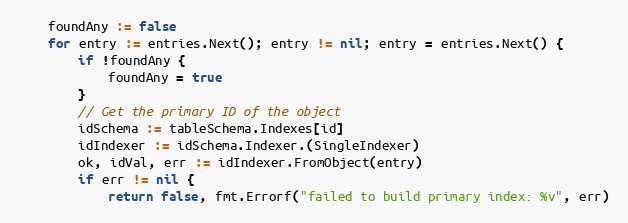
Language: Go
	foundAny := false
	for entry := entries.Next(); entry != nil; entry = entries.Next() {
		if !foundAny {
			foundAny = true
		}
		// Get the primary ID of the object
		idSchema := tableSchema.Indexes[id]
		idIndexer := idSchema.Indexer.(SingleIndexer)
		ok, idVal, err := idIndexer.FromObject(entry)
		if err != nil {
			return false, fmt.Errorf("failed to build primary index: %v", err)